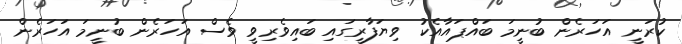
ކުރަނީ އަހަރެން ބުނީމަ ބައްޕައާއެކު ވިޔަފާރީގައި ބައިވެރިވީ ވެސް އަހަރެން ބުނީމަ އަހަރެން